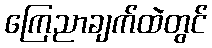
ကြေညာချက်ထဲတွင်